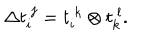
LaTeX: \Delta t _ { i } ^ { ~ j } = t _ { i } ^ { ~ k } \otimes t _ { k } ^ { ~ l } .